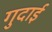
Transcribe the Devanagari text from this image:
गुदाई